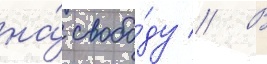
на́ свобо́ду // В